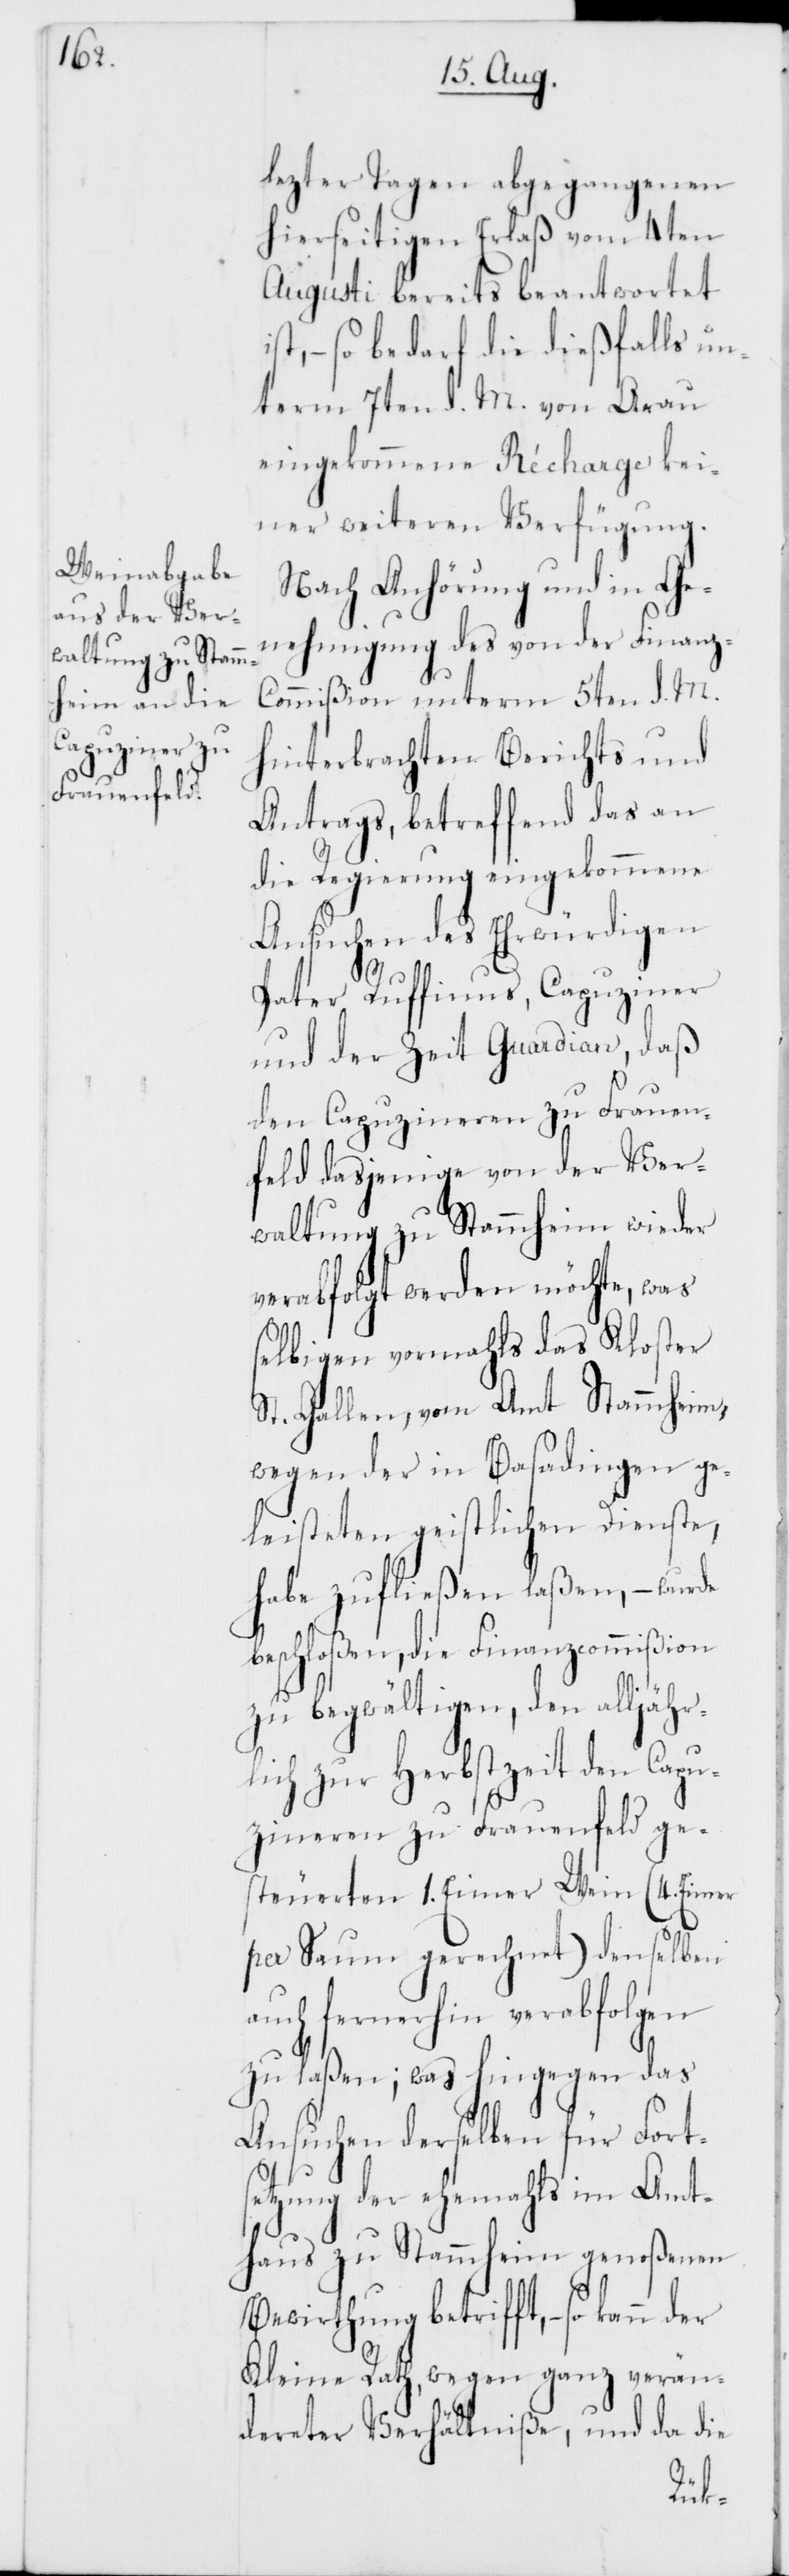
lezter Tagen abgegangenen
hierseitigen Erlaß vom 4ten
Augusti bereits beantwortet
st, – so bedarf die dießfalls un¬
term 7ten d. M. von Arau
eingekommene Récharge kei¬
ner weiteren Verfügung.
Nach Anhörung und in Ge¬
nehmigung des von der Finanz¬
commißion unterm 5ten d. M.
hinterbrachten Berichts und
Antrags, betreffend das an
die Regierung eingekommene
Ansuchen des Ehrwürdigen
Pater Ruffinus, Capuziner
und derzeit Guardian, daß
den Capuzineren zu Frauen¬
feld dasjenige von der Ver¬
waltung zu Stammheim wieder
verabfolgt werden möchte, was
selbigen vormahls das Kloster
St. Gallen, vom Amt Stammheim,
wegen der in Basadingen ge¬
leisteten geistlichen Dienste,
habe zufließen laßen, – wurde
beschloßen, die Finanzcommißion
zu begwältigen, den alljähr¬
lich zur Herbstzeit den Capu¬
zineren zu Frauenfeld ge¬
steuerten 1. Eimer Wein (4. Eimer
per Saum gerechnet) denselben
auch fernerhin verabfolgen
zu laßen; was hingegen das
Ansuchen derselben für Fort¬
setzung der ehemahls im Amt¬
haus zu Stammheim genoßenen
Bewirthung betrifft, – so kann
Kleine Rath, wegen ganz verän¬
dereter Verhältniße, und da die
i¬